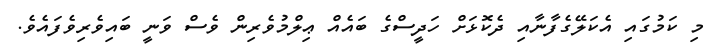
މި ކަމުގައި އެކަލޭގެފާނާއި ދެކޮޅަށް ހަދީސްގެ ބައެއް ޢިލްމުވެރިން ވެސް ވަނީ ބައިވެރިވެފައެވެ.